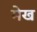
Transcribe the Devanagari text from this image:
मेख